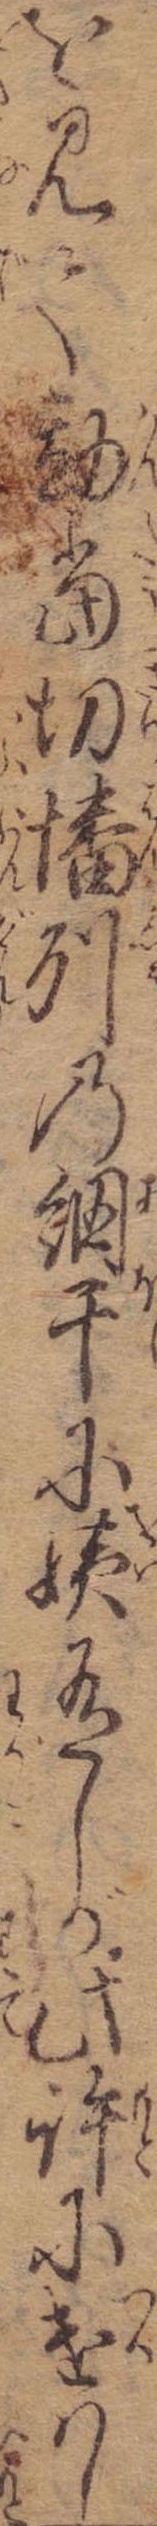
を見て勘当切幡州の網干に姨有しが此許に遣はし